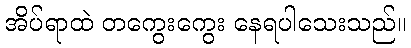
အိပ်ရာထဲ တကွေးကွေး နေရပါသေးသည်။